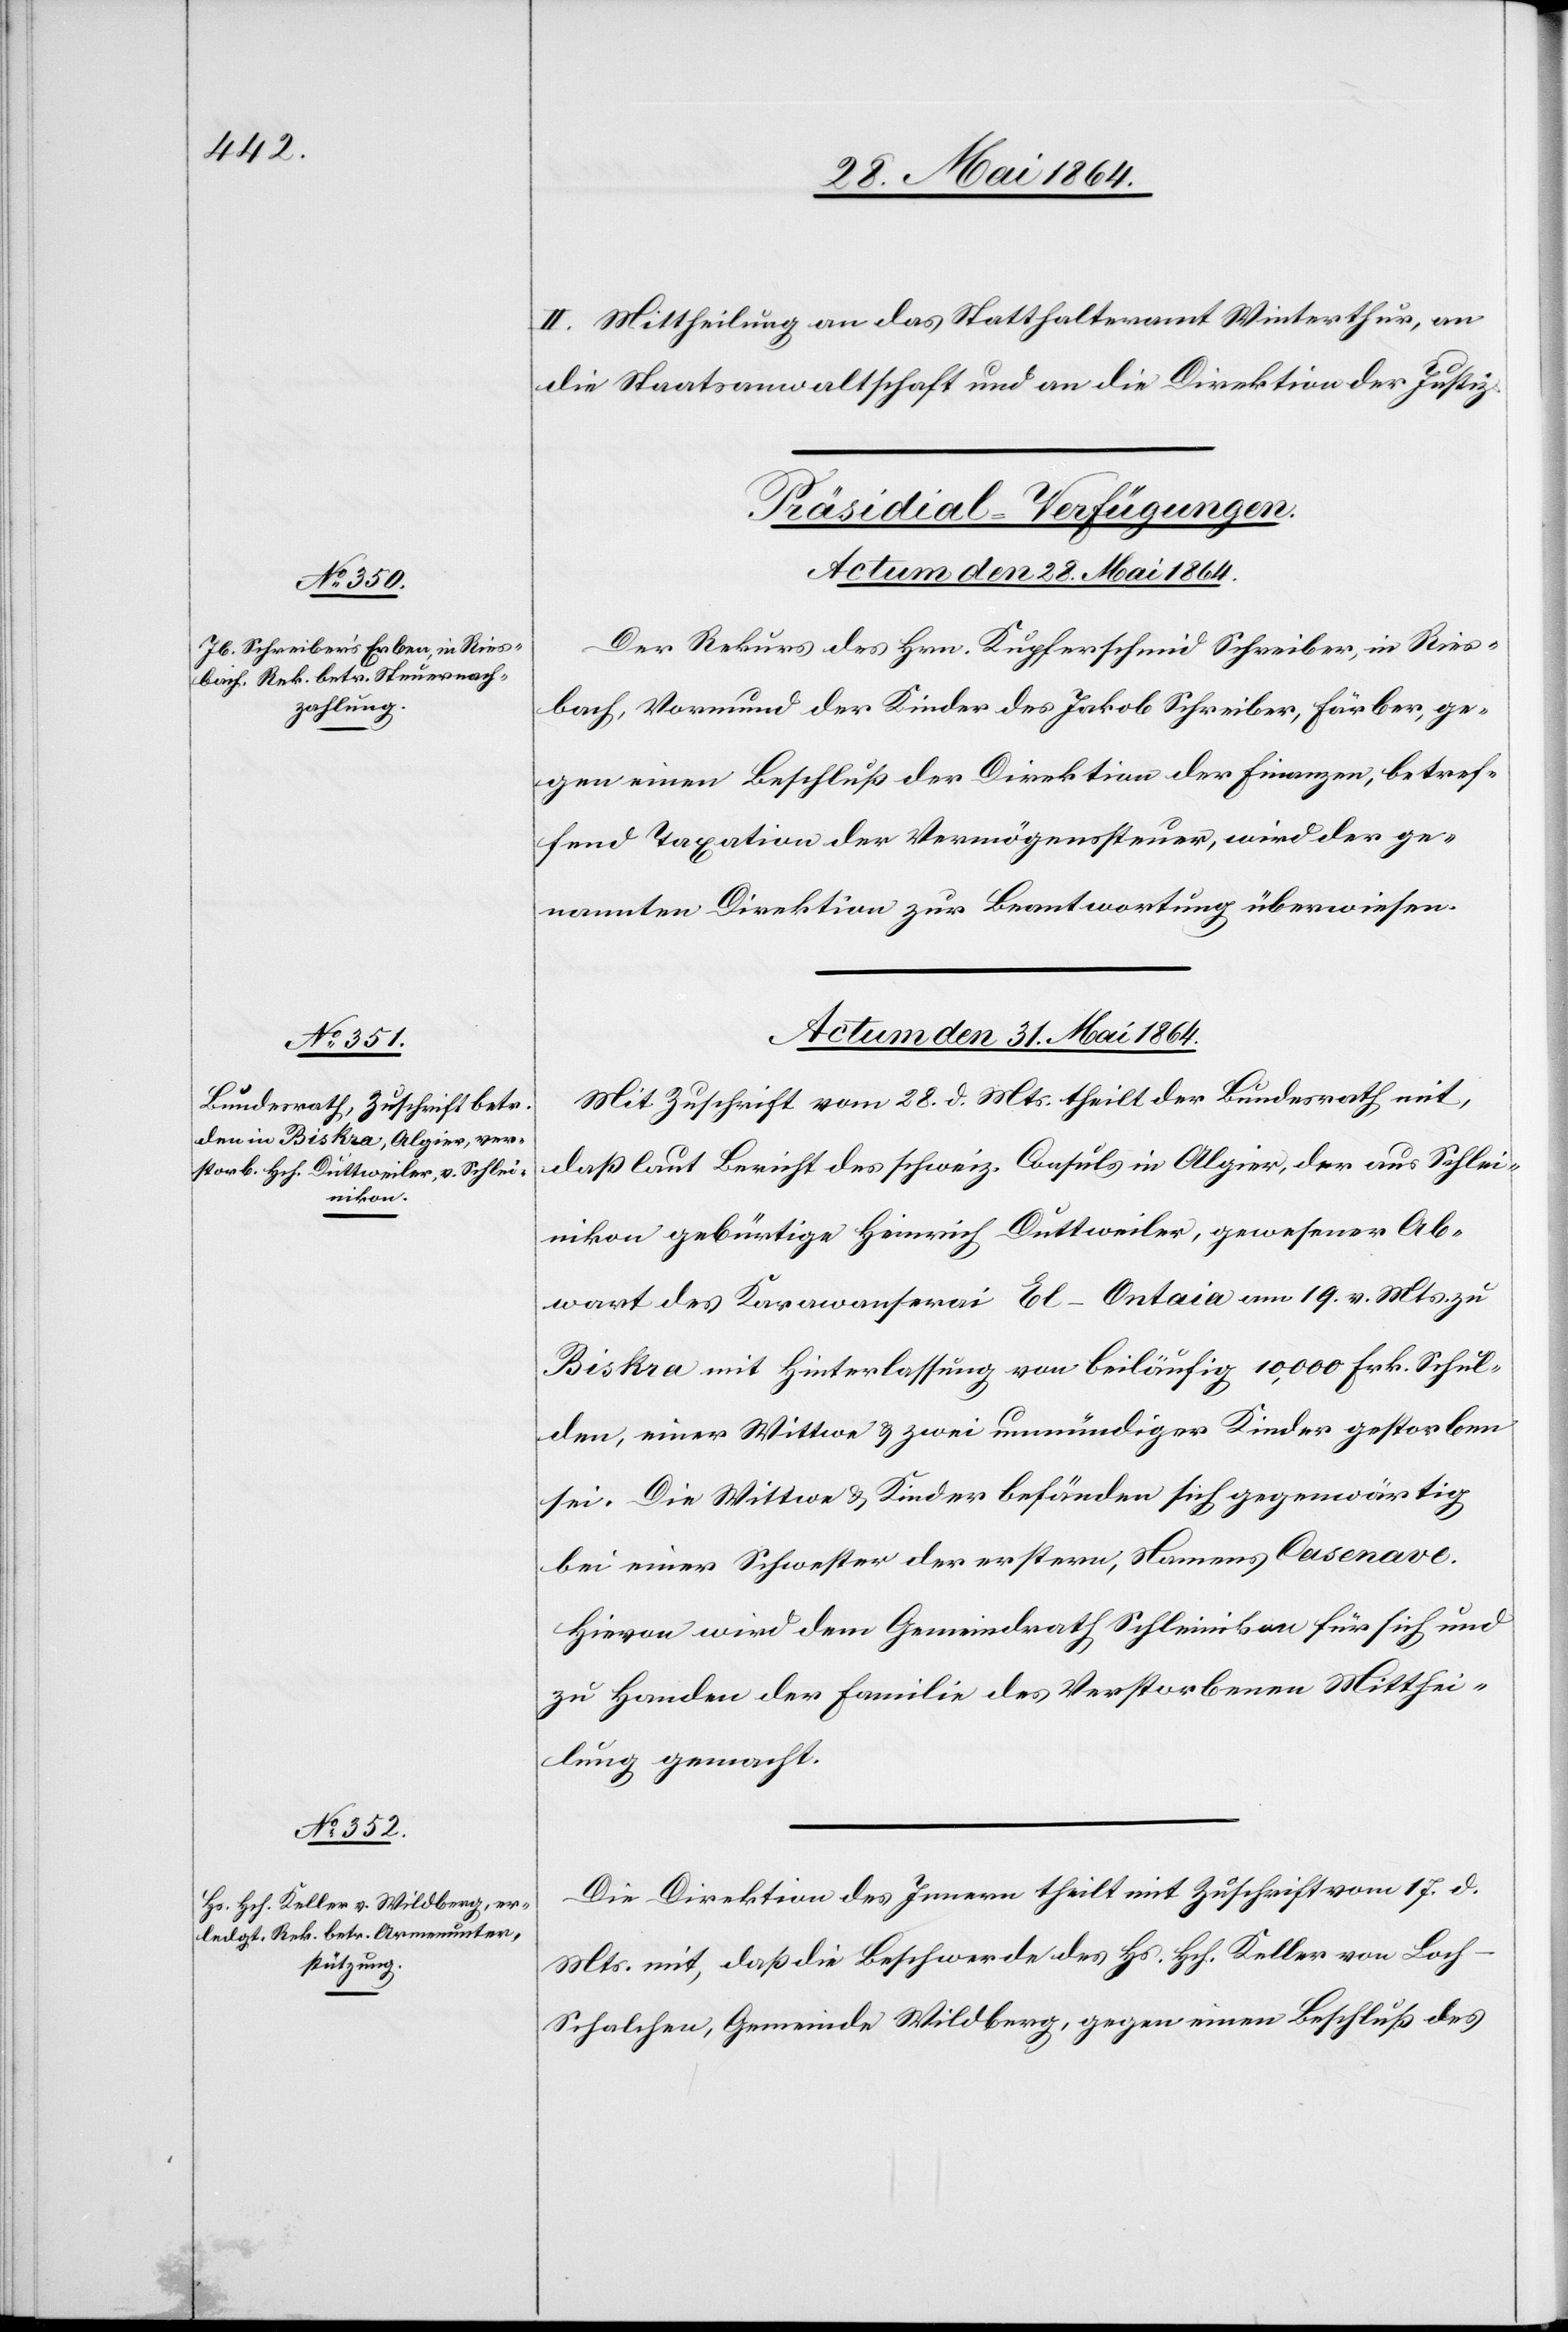
II. Mittheilung an das Statthalteramt Winterthur, an
die Staatsanwaltschaft und an die Direktion der Justiz.
[Präsidial-Verfügungen.
Actum den 28. Mai 1864.
Der Rekurs des Hrn. Kupferschmid Schreiber, in Ries¬
bach, Vormund der Kinder des Jakob Schreiber, Färber, ge¬
gen einen Beschluß der Direktion der Finanzen, betref¬
fend Taxation der Vermögenssteuer, wird der ge¬
nannten Direktion zur Beantwortung überwiesen.
Actum den 31. Mai 1864.]
Mit Zuschrift vom 28. d. Mts. theilt der Bundesrath mit,
daß laut Bericht des schweiz. Consuls in Algier, der aus Schlei¬
nikon gebürtige Heinrich Duttweiler, gewesener Ab¬
wart des Karawanserai El-Ontaia am 19. v. Mts. zu
Biskra mit Hinterlassung von beiläufig 10,000 Frk. Schul¬
den, einer Wittwe u. zwei unmündiger Kinder gestorben
sei. Die Wittwe u. Kinder befänden sich gegenwärtig
bei einer Schwester der erstern, Namens Casenave.
Hievon wird dem Gemeindrath Schleinikon für sich und
zu Handen der Familie des Verstorbenen Mitthei¬
lung gemacht.
Die Direktion des Innern theilt mit Zuschrift vom 17. d.
Mts. mit, daß die Beschwerde des Hs. Hch. Keller von Loc¬
h–Schachen, Gemeinde Wildberg, gegen einen Beschluß des